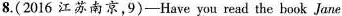
8.( 2016 江苏南京,9)-Have you read the book Jane